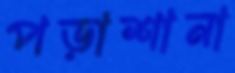
পড়াশানা